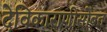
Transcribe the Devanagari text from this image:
देविकाराणीसोबत